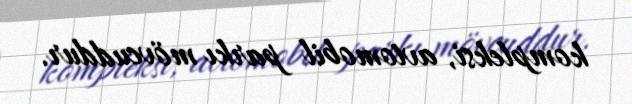
kompleksi, avtomobil parkı mövcuddur.